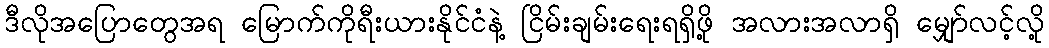
ဒီလိုအပြောတွေအရ မြောက်ကိုရီးယားနိုင်ငံနဲ့ ငြိမ်းချမ်းရေးရရှိဖို့ အလားအလာရှိ မျှော်လင့်လို့